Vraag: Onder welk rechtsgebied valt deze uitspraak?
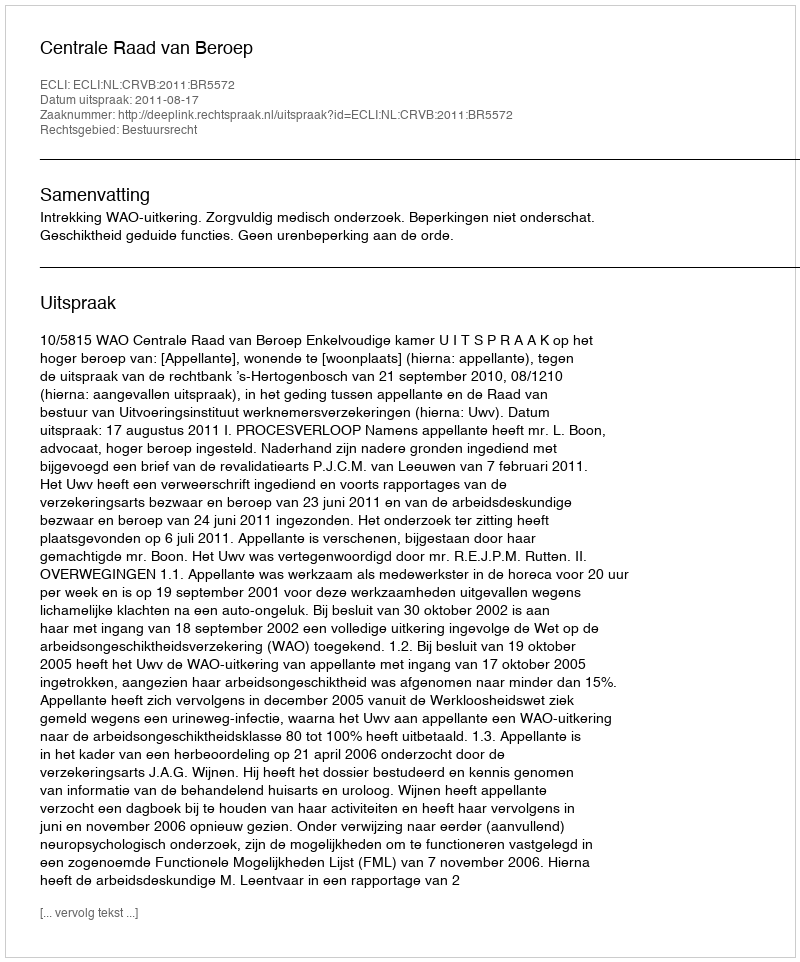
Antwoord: Bestuursrecht